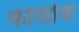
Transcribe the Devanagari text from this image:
कोशोंके